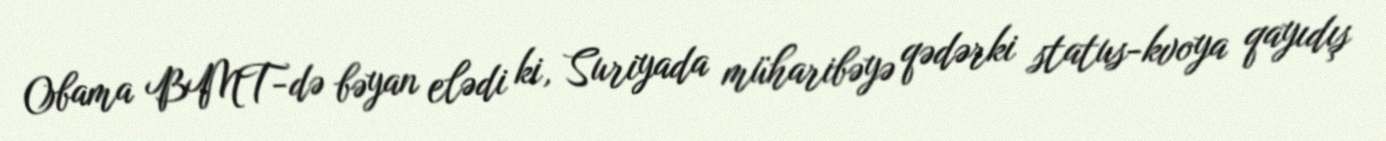
Obama BMT-də bəyan elədi ki, Suriyada müharibəyə qədərki status-kvoya qayıdış